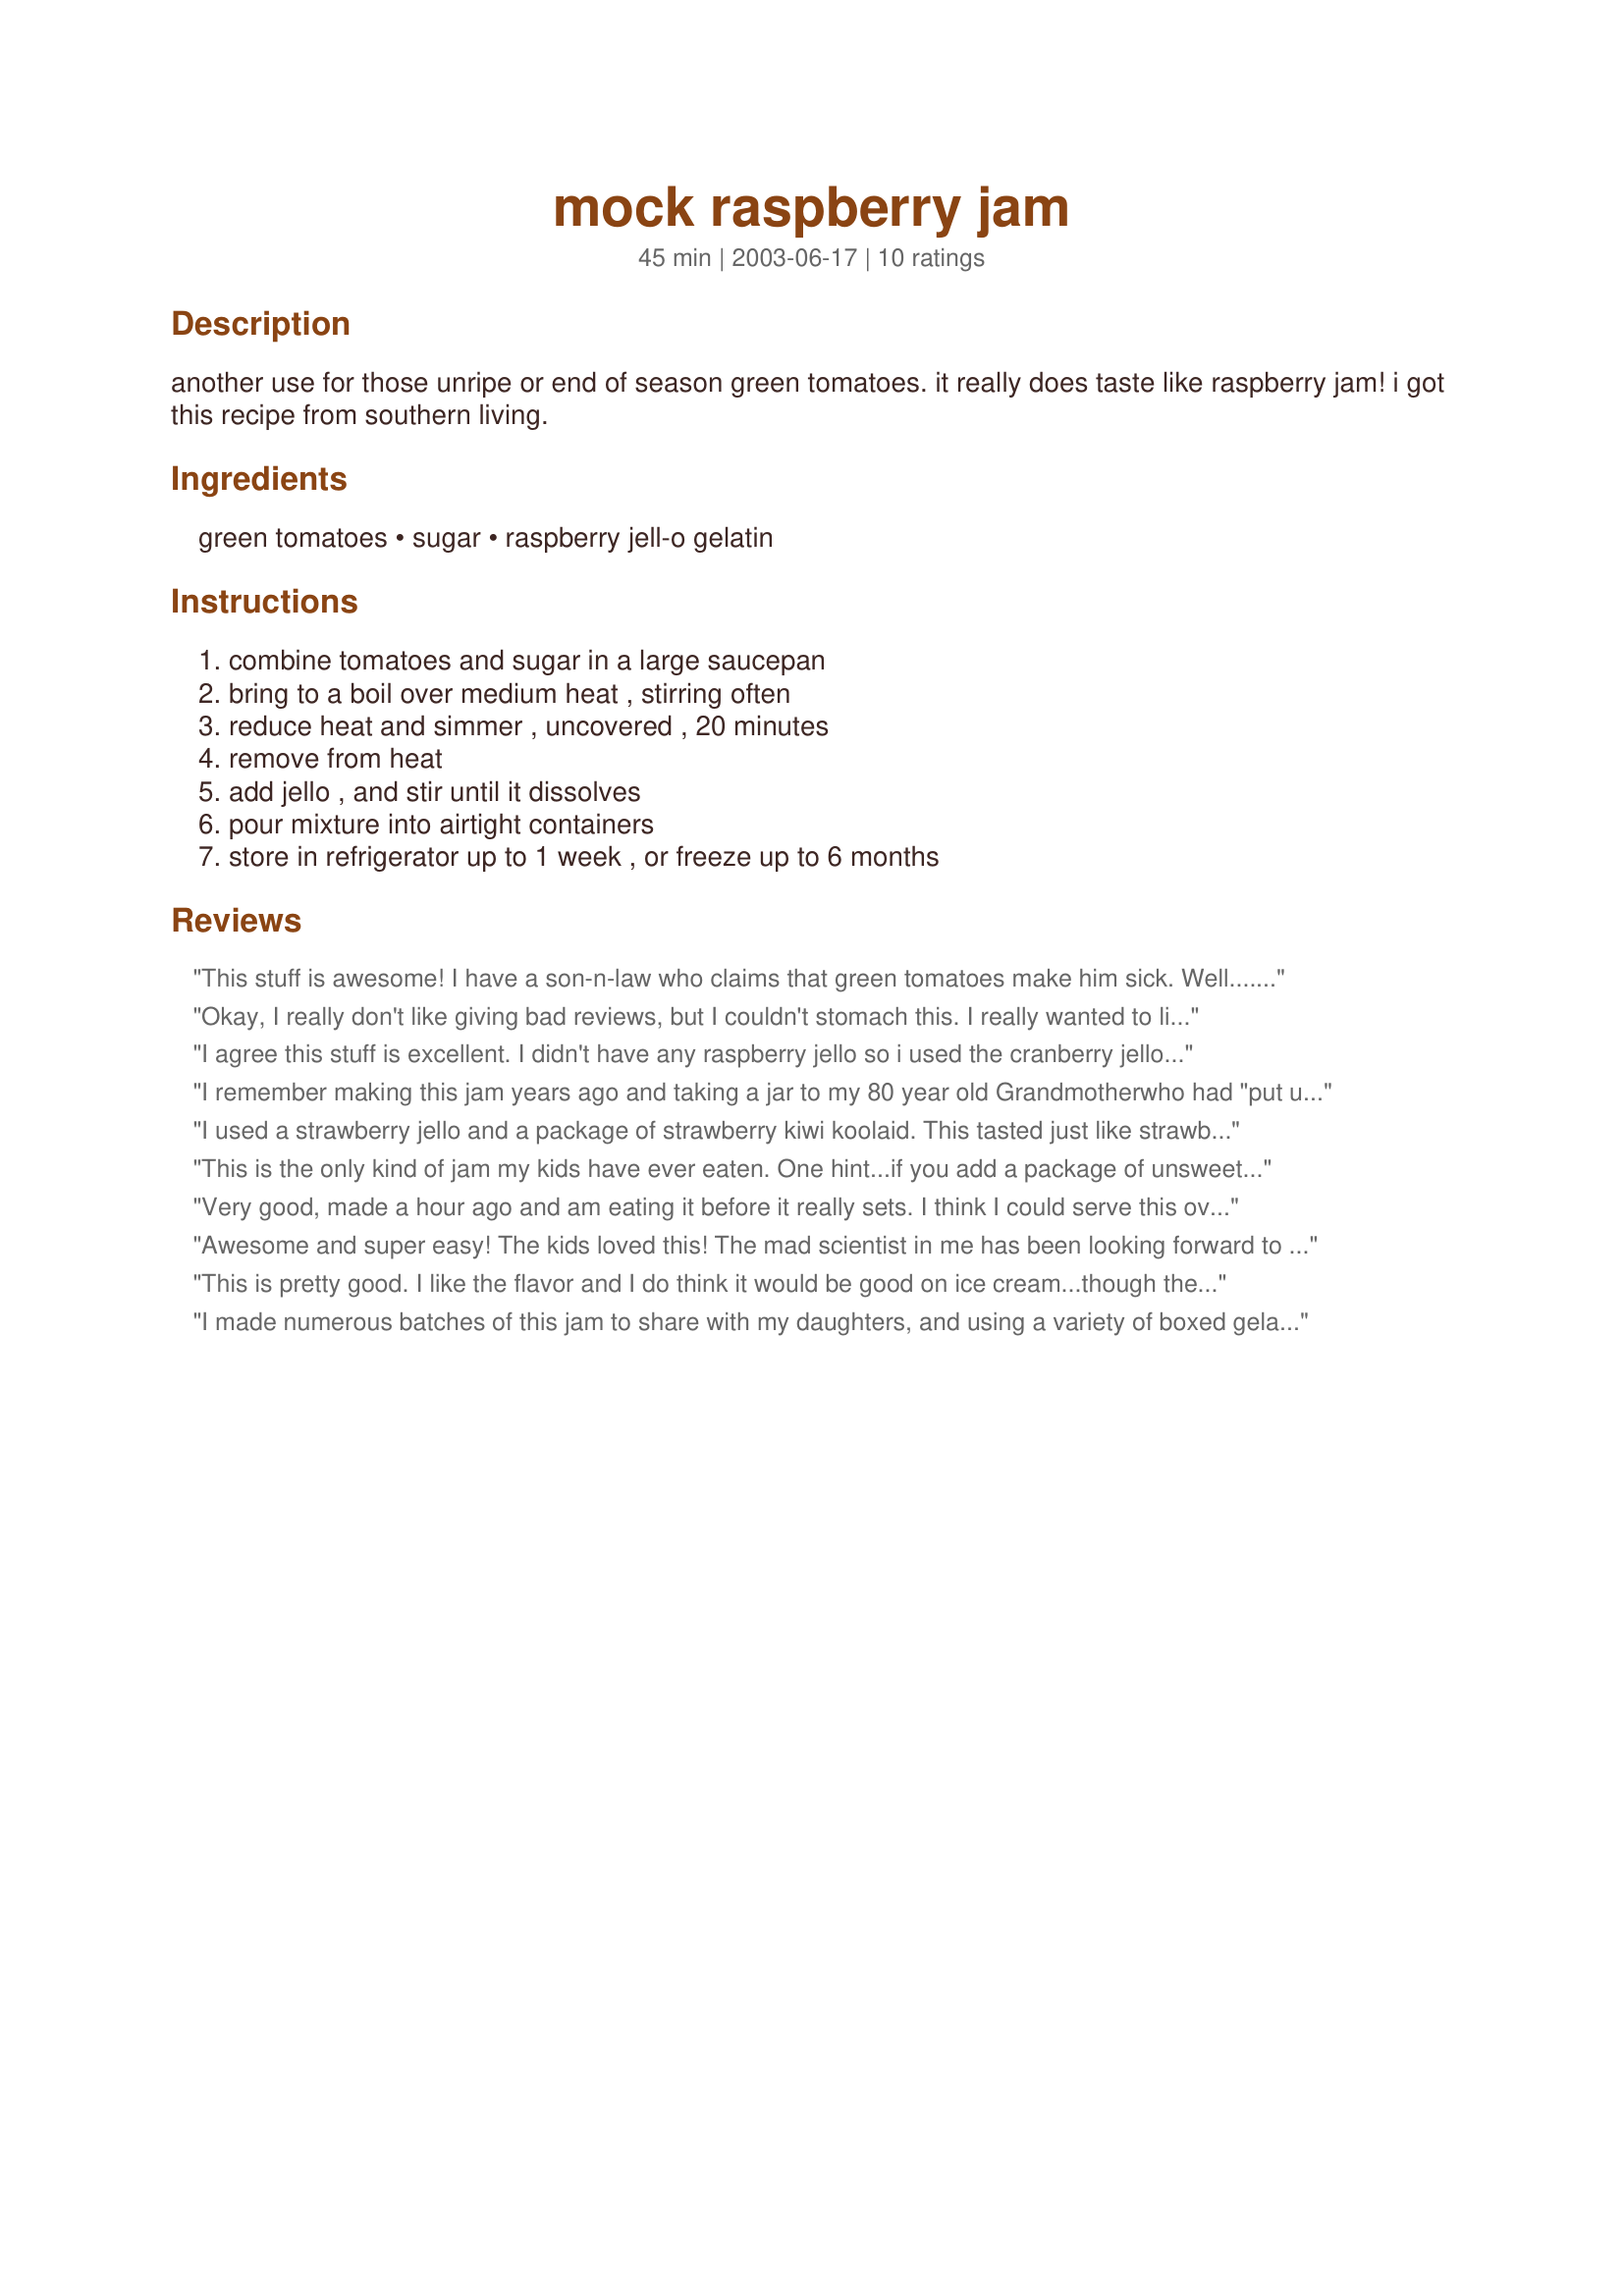
mock raspberry jam
Preparation time: 45 minutes

another use for those unripe or end of season green tomatoes. it really does taste like raspberry jam! i got this recipe from southern living.

Ingredients:
green tomatoes, sugar, raspberry jell-o gelatin

Steps:
combine tomatoes and sugar in a large saucepan, bring to a boil over medium heat , stirring often, reduce heat and simmer , uncovered , 20 minutes, remove from heat, add jello , and stir until it dissolves, pour mixture into airtight containers, store in refrigerator up to 1 week , or freeze up to 6 months

Reviews:
This stuff is awesome! I 
have a son-n-law who claims that green tomatoes make him sick. Well.....he ate the entire recipe on hot biscuits not knowing it
was made out of green
tomatoes. Boy! was he surprised when we told him. This has a great flavor. A good way to get
rid of those green tomatoes at the end of the season. Will keep this recipe forever.
Thank You!
Okay, I really don't like giving bad reviews, but I couldn't stomach this. I really wanted to like this, but it just tasted like green tomatoes with a raspberry jam on it. I followed it to the "T". I think it may have tasted better if the green tomatoes were pureed instead of just chopped. Just a thought. Thanks though, it was interesting to try.
I agree this stuff is excellent. I didn't have any raspberry jello so i used the cranberry jello i had . If you like cranberries you will love it. I made another batch and doubled it batches and I used grape and cherry jello. i loved it and so did my son who is very picky. If you want larger quantities there is a mock grape jam #182610 that works excellent to . I used it after this one but have not left a review yet. Great recipe thanks
I remember making this jam years ago and taking a jar to my 80 year old Grandmotherwho had "put up" jams and jellies for years. I waited until she had tasted some before telling her the ingredients. She was absolutely amazed there weren't any fresh raspberries in it. Thanks, Miss Annie, for reminding me of this outstanding recipe.
I used a strawberry jello and a package of strawberry kiwi koolaid. This tasted just like strawberry jam. Will keep this for next years late tomato crop.
This is the only kind of jam my kids have ever eaten. One hint...if you add a package of unsweetened kool-aid it adds flavor and color both. Also you can use strawberry flavored jell-o and kool-aid. I seal it in jars so I can always have some on hand year round.
Very good, made a hour ago and am eating it before it really sets. I think I could serve this over ice cream also.Thank you
Awesome and super easy! The kids loved this! The mad scientist in me has been looking forward to making this recipe. When you get tired of fried green tomatoes, this recipe is the answer! Bright red color, lots of raspberry flavor from the jello. I'll finely chop the green tomatoes next time. Made one pint plus 2 T jam for sampling. Please note this is not processed and therefore not shelf stable. It should be refrigerated or frozen. Thanks, Miss Annie, for another great recipe!
This is pretty good. I like the flavor and I do think it would be good on ice cream...though the real thing can't be beat. I had it on a peanut butter sandwhich and it was fine.
I made numerous batches of this jam to share with my daughters, and using a variety of boxed gelatins and assorted flavors of Kool-Aid. The end results, while the jam tasted wonderful, I found the consistency of the jam to be extremely &quot;thick&quot;. I mean really thick! I had to take a butter knife and stir the jam inside the jar vigorously for a minute or two, so I was able to spread it on my toast. (I found I had to do this several times after removing the jam from the fridge.) The next time I decide to make this jam, I&#039;m going to just use half the amount of gelatin per each batch of jam I make. I&#039;m hoping this will resolve the jam from being too thick! I will be experimenting with this recipe next year, and will post another review as to how the jam turned out. Also, the flavors of gelatins and Kool-Aids I used were... Cherry Jell-O and Cherry Kool-Aid... Grape Jell-O and Grape Kool-Aid... Raspberry Jell-O and Roarin&#039; Raspberry Cranberry Kool-Aid... Strawberry Jell-O and Strawberry Kool-Aid... Strawberry Jell-O and Strawberry Kiwi Kool-Aid... Tropical Fusion Jell-O and Mandarin Tangerine Kool-Aid.
